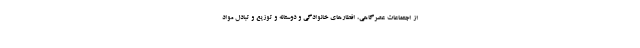
از اجتماعات عصرگاهی، افطارهای خانوادگی و دوستانه و توزیع و تبادل مواد